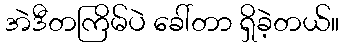
အဲဒီတကြိမ်ပဲ ခေါ်တာ ရှိခဲ့တယ်။